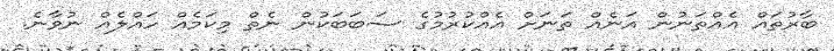
ބާރުތައް އެއްތަނުން އަނެއް ތަނަށް އެއްކުރުމުގެ ސަބަބަކުން ނެތް މިކަމެއް ހައްލެއް ނުވާނެ.